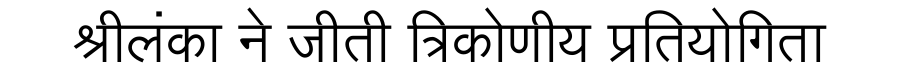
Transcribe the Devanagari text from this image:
श्रीलंका ने जीती त्रिकोणीय प्रतियोगिता